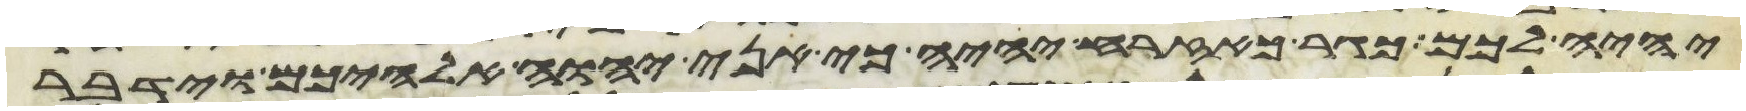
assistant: יהיה לכם כגר כאזרח יהיה כי אני יהוה אלהיכם וידבר